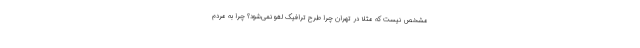
مشخص نیست که مثلا در تهران چرا طرح ترافیک لغو نمی‌شود؟ چرا به مردم